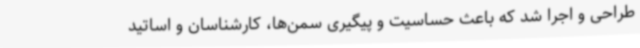
طراحی و اجرا شد که باعث حساسیت و پیگیری سمن‌ها، کارشناسان و اساتید